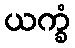
ယက္ခံ